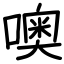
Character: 噢